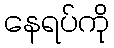
နေရပ်ကို